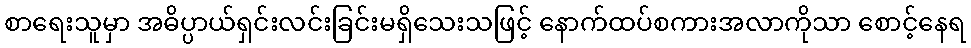
စာရေးသူမှာ အဓိပ္ပာယ်ရှင်းလင်းခြင်းမရှိသေးသဖြင့် နောက်ထပ်စကားအလာကိုသာ စောင့်နေရ